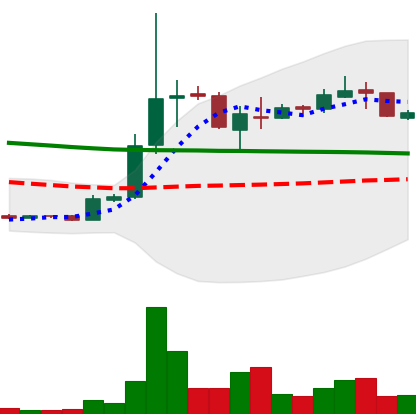
Ticker: XRP-USD
Chart end date: 2018-10-03
Forward return: -7.273%
Label: down_7plus